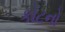
કોટનો